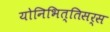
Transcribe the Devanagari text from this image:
योनिभित्तिसर्स